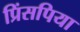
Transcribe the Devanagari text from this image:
प्रिंसपिया